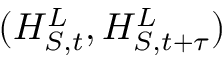
( H _ { S , t } ^ { L } , H _ { S , t + \tau } ^ { L } )